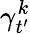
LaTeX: \gamma_{t^{\prime}}^{k}